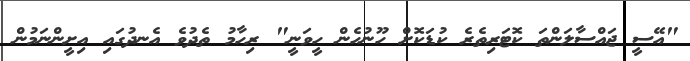
"އޭސީ ޖައްސާލަންތަ ކޮޓަރިތެރެ ކުޑަކޮށް ހޫނުހެން ހީވަނީ" ރިހާމު ތެދުވެ އެނދުގައި އިށީންނަމުން